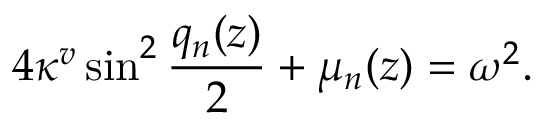
4 \kappa ^ { v } \sin ^ { 2 } \frac { q _ { n } ( z ) } { 2 } + \mu _ { n } ( z ) = \omega ^ { 2 } .